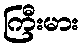
ကြီးမား